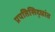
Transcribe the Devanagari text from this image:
प्रपतिसिद्धांत